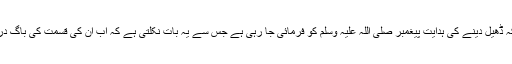
یہاں کلام کا یہ پہلو خاص طور پر قابل توجہ ہے کہ ڈھیل دینے کی ہدایت پیغمبر صلی اللہ علیہ وسلم کو فرمائی جا رہی ہے جس سے یہ بات نکلتی ہے کہ اب ان کی قسمت کی باگ دراصل پیغمبر ہی کے ہاتھ میں خدا نے دے دی ہے۔